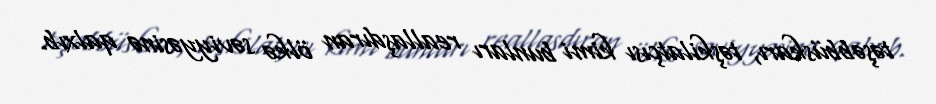
təşəbbüskarı, təşkilatçısı kimi bunları reallaşdıran ölkə səviyyəsinə qalxıb.